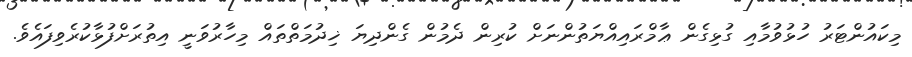
މިކައުންޓަރު ހުޅުވުމާއި ގުޅިގެން ޢާމްރައިއްޔަތުންނަށް ކުރިން ދެމުން ގެންދިޔަ ޚިދުމަތްތައް މިހާރުވަނީ އިތުރަށްފުޅާކުރެވިފައެވެ.